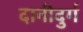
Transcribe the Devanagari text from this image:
दानीदुर्ग